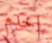
اخدم